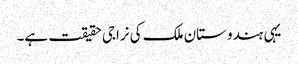
یہی ہندوستان ملک کی نراجی حقیقت ہے۔